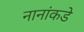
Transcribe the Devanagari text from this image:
नानांकडे